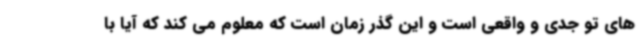
های تو جدی و واقعی است و این گذر زمان است که معلوم می کند که آیا با